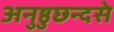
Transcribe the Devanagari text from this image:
अनुष्ठुछन्दसे